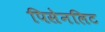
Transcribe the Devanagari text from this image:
पिसेनलिट